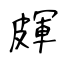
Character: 皹